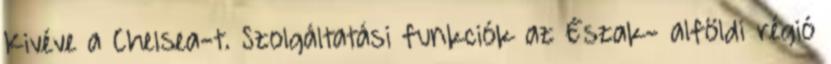
Kivéve a Chelsea-t. Szolgáltatási funkciók az Észak- alföldi régió